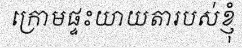
ក្រោមផ្ទះយាយតារបស់ខ្ញុំ